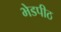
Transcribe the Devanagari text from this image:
भेडपीठ